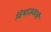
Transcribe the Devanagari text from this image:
विभाजकाची